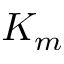
K _ { m }